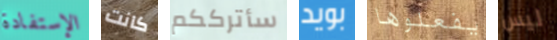
الإستفادة كانت سأترككم بويد يفعلوها ليس